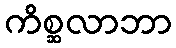
ကိစ္ဆလာဘာ